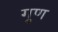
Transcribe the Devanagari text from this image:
गु्ण